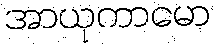
အာယုကာမော